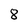
Character: 8